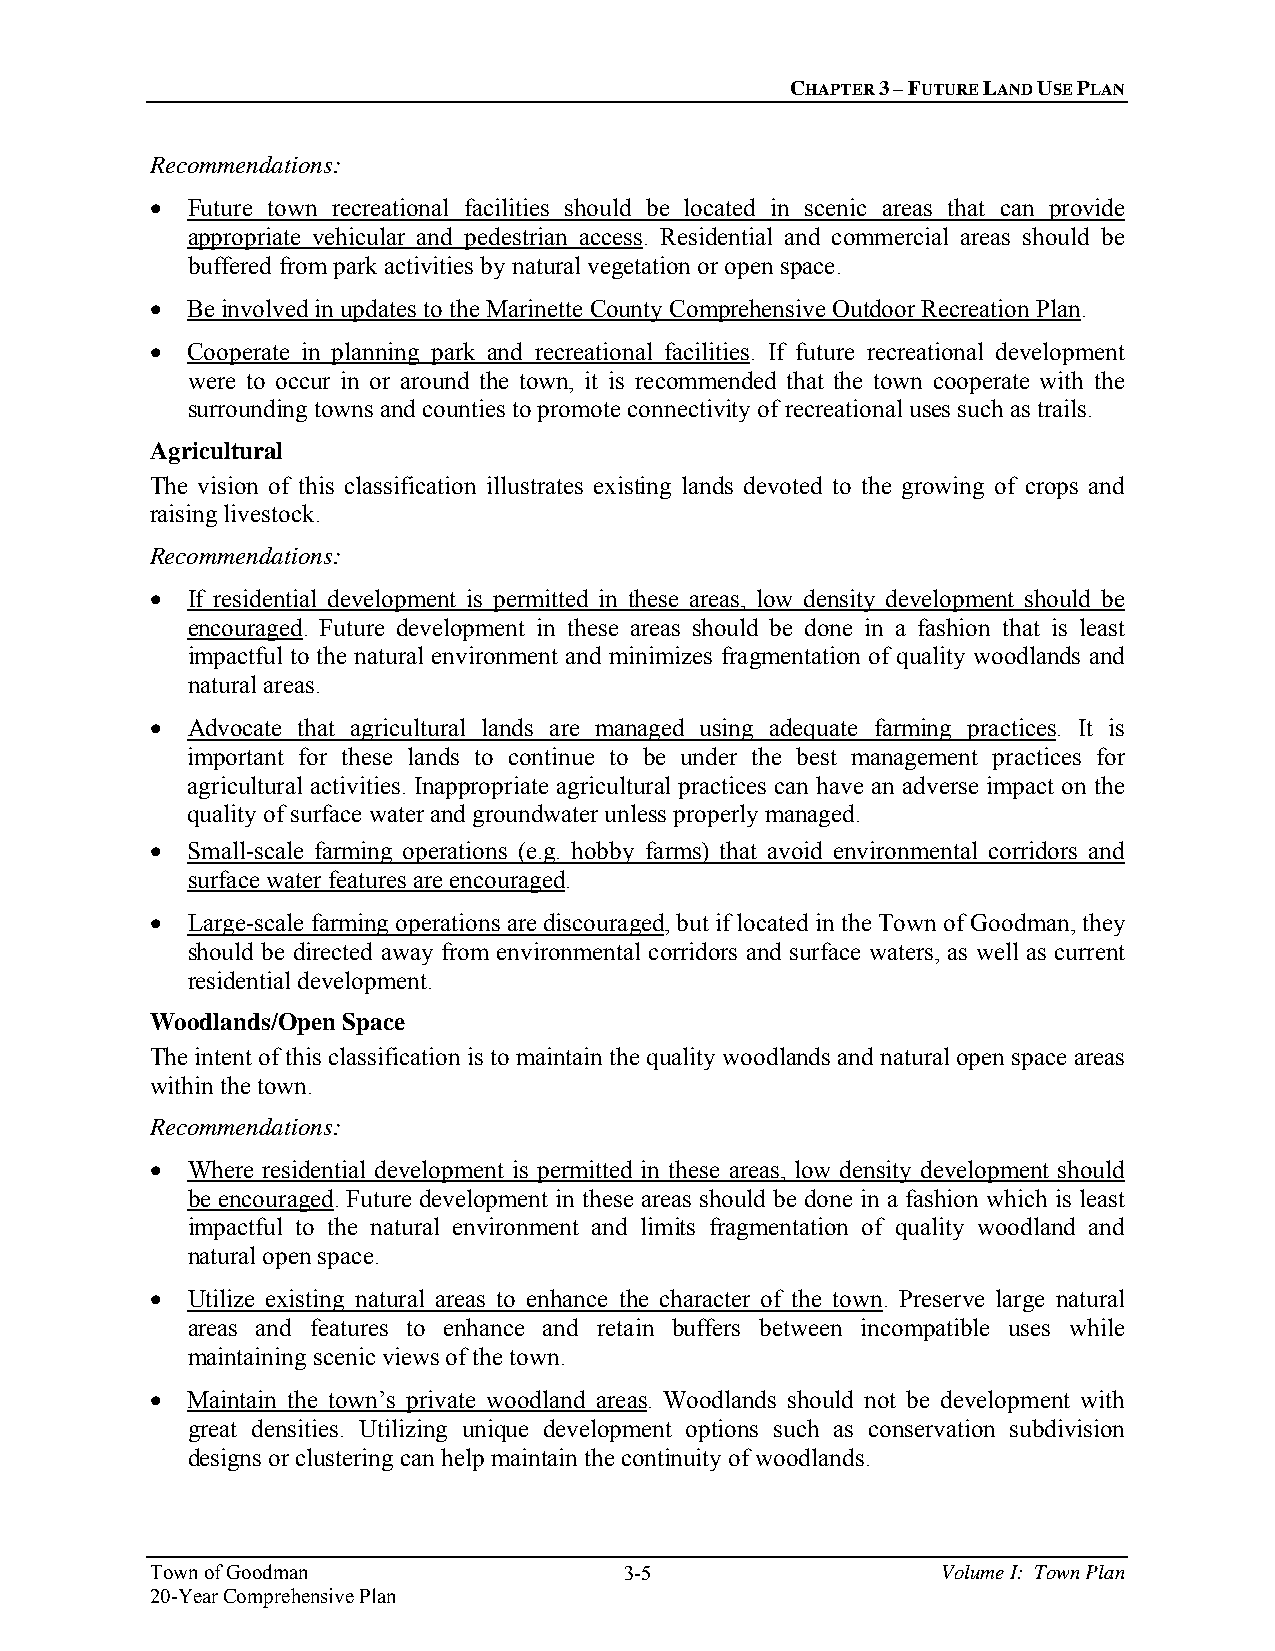
CHAPTER 3 – FUTURE LAND USE PLAN
 Recommendations:
  Future town recreational facilities should be located in scenic areas that can provide
 appropriate vehicular and pedestrian access. Residential and commercial areas should be
 buffered from park activities by natural vegetation or open space.
  Be involved in updates to the Marinette County Comprehensive Outdoor Recreation Plan.
  Cooperate in planning park and recreational facilities. If future recreational development
 were to occur in or around the town, it is recommended that the town cooperate with the
 surrounding towns and counties to promote connectivity of recreational uses such as trails.
 Agricultural
 The vision of this classification illustrates existing lands devoted to the growing of crops and
 raising livestock.
 Recommendations:
  If residential development is permitted in these areas, low density development should be
 encouraged. Future development in these areas should be done in a fashion that is least
 impactful to the natural environment and minimizes fragmentation of quality woodlands and
 natural areas.
  Advocate that agricultural lands are managed using adequate farming practices. It is
 important for these lands to continue to be under the best management practices for
 agricultural activities. Inappropriate agricultural practices can have an adverse impact on the
 quality of surface water and groundwater unless properly managed.
  Small-scale farming operations (e.g. hobby farms) that avoid environmental corridors and
 surface water features are encouraged.
  Large-scale farming operations are discouraged, but if located in the Town of Goodman, they
 should be directed away from environmental corridors and surface waters, as well as current
 residential development.
 Woodlands/Open Space
 The intent of this classification is to maintain the quality woodlands and natural open space areas
 within the town.
 Recommendations:
  Where residential development is permitted in these areas, low density development should
 be encouraged. Future development in these areas should be done in a fashion which is least
 impactful to the natural environment and limits fragmentation of quality woodland and
 natural open space.
  Utilize existing natural areas to enhance the character of the town. Preserve large natural
 areas and features to enhance and retain buffers between incompatible uses while
 maintaining scenic views of the town.
  Maintain the town’s private woodland areas. Woodlands should not be development with
 great densities. Utilizing unique development options such as conservation subdivision
 designs or clustering can help maintain the continuity of woodlands.
 Town of Goodman                3-5                  Volume I: Town Plan
 20-Year Comprehensive Plan